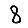
Digit: 8